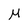
Character: M